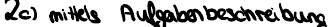
2c) mittels Aufgabenbeschreibung